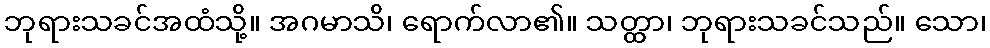
ဘုရားသခင်အထံသို့။ အဂမာသိ၊ ရောက်လာ၏။ သတ္ထာ၊ ဘုရားသခင်သည်။ သော၊